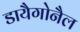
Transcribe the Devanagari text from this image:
डायैगोनैल